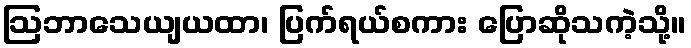
ဩဘာသေယျယထာ၊ ပြက်ရယ်စကား ပြောဆိုသကဲ့သို့။